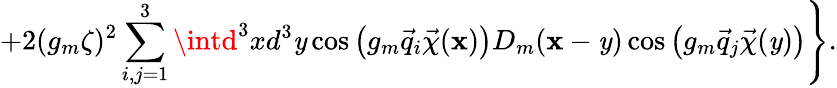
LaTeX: \left.+2(g_{m}\zeta)^{2}\sum_{i,j=1}^{3}\intd^{3}xd^{3}\mathit{y}\cos\left(g_{m}\vec{{q}}_{i}\vec{{\chi}}({\mathbf{x}})\right)D_{m}({\mathbf{x}}-{\mathbf{\mathit{y}}})\cos\left(g_{m}\vec{{q}}_{j}\vec{{\chi}}({\mathbf{\mathit{y}}})\right)\right\} .